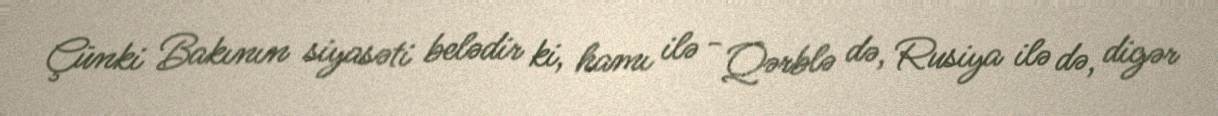
Çünki Bakının siyasəti belədir ki, hamı ilə - Qərblə də, Rusiya ilə də, digər